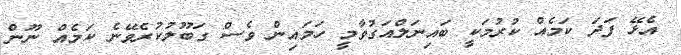
އެޅޭ ފަދަ ކަމެއް ކުރުމަކީ ބައިނަލްއަގުވާމީ ހަމައިން ވެސް ގަބޫލުކުރެވޭނެ ކަމެއް ނޫން